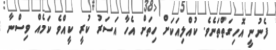
ފެނުނީ އޮހިގަތްތަނެވެ. ކުއްލިއަކަށް ހިތަށް އެހާ އަސަރު ކުރީ ކީއްވެ ކަމެއް ވިސްނާ